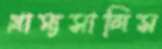
গ্রাম্যসালিস